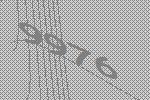
9976